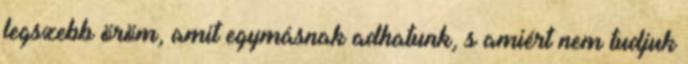
legszebb öröm, amit egymásnak adhatunk, s amiért nem tudjuk